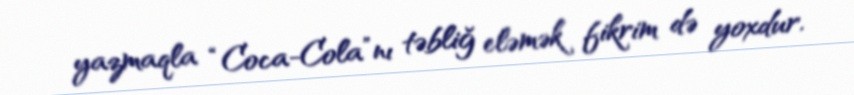
yazmaqla “Coca-Cola”nı təbliğ eləmək fikrim də yoxdur.